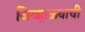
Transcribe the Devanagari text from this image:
जिव्हाळ्याची